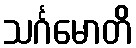
သင်္ဂမောတိ